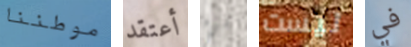
موطننا أعتقد شيء ليست في